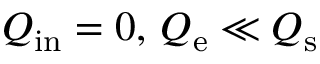
Q _ { \mathrm { i n } } = 0 , \, Q _ { \mathrm { e } } \ll Q _ { \mathrm { s } }